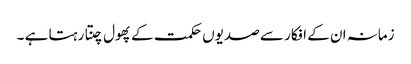
زمانہ ان کے افکار سے صدیوں حکمت کے پھول چنتا رہتا ہے ۔